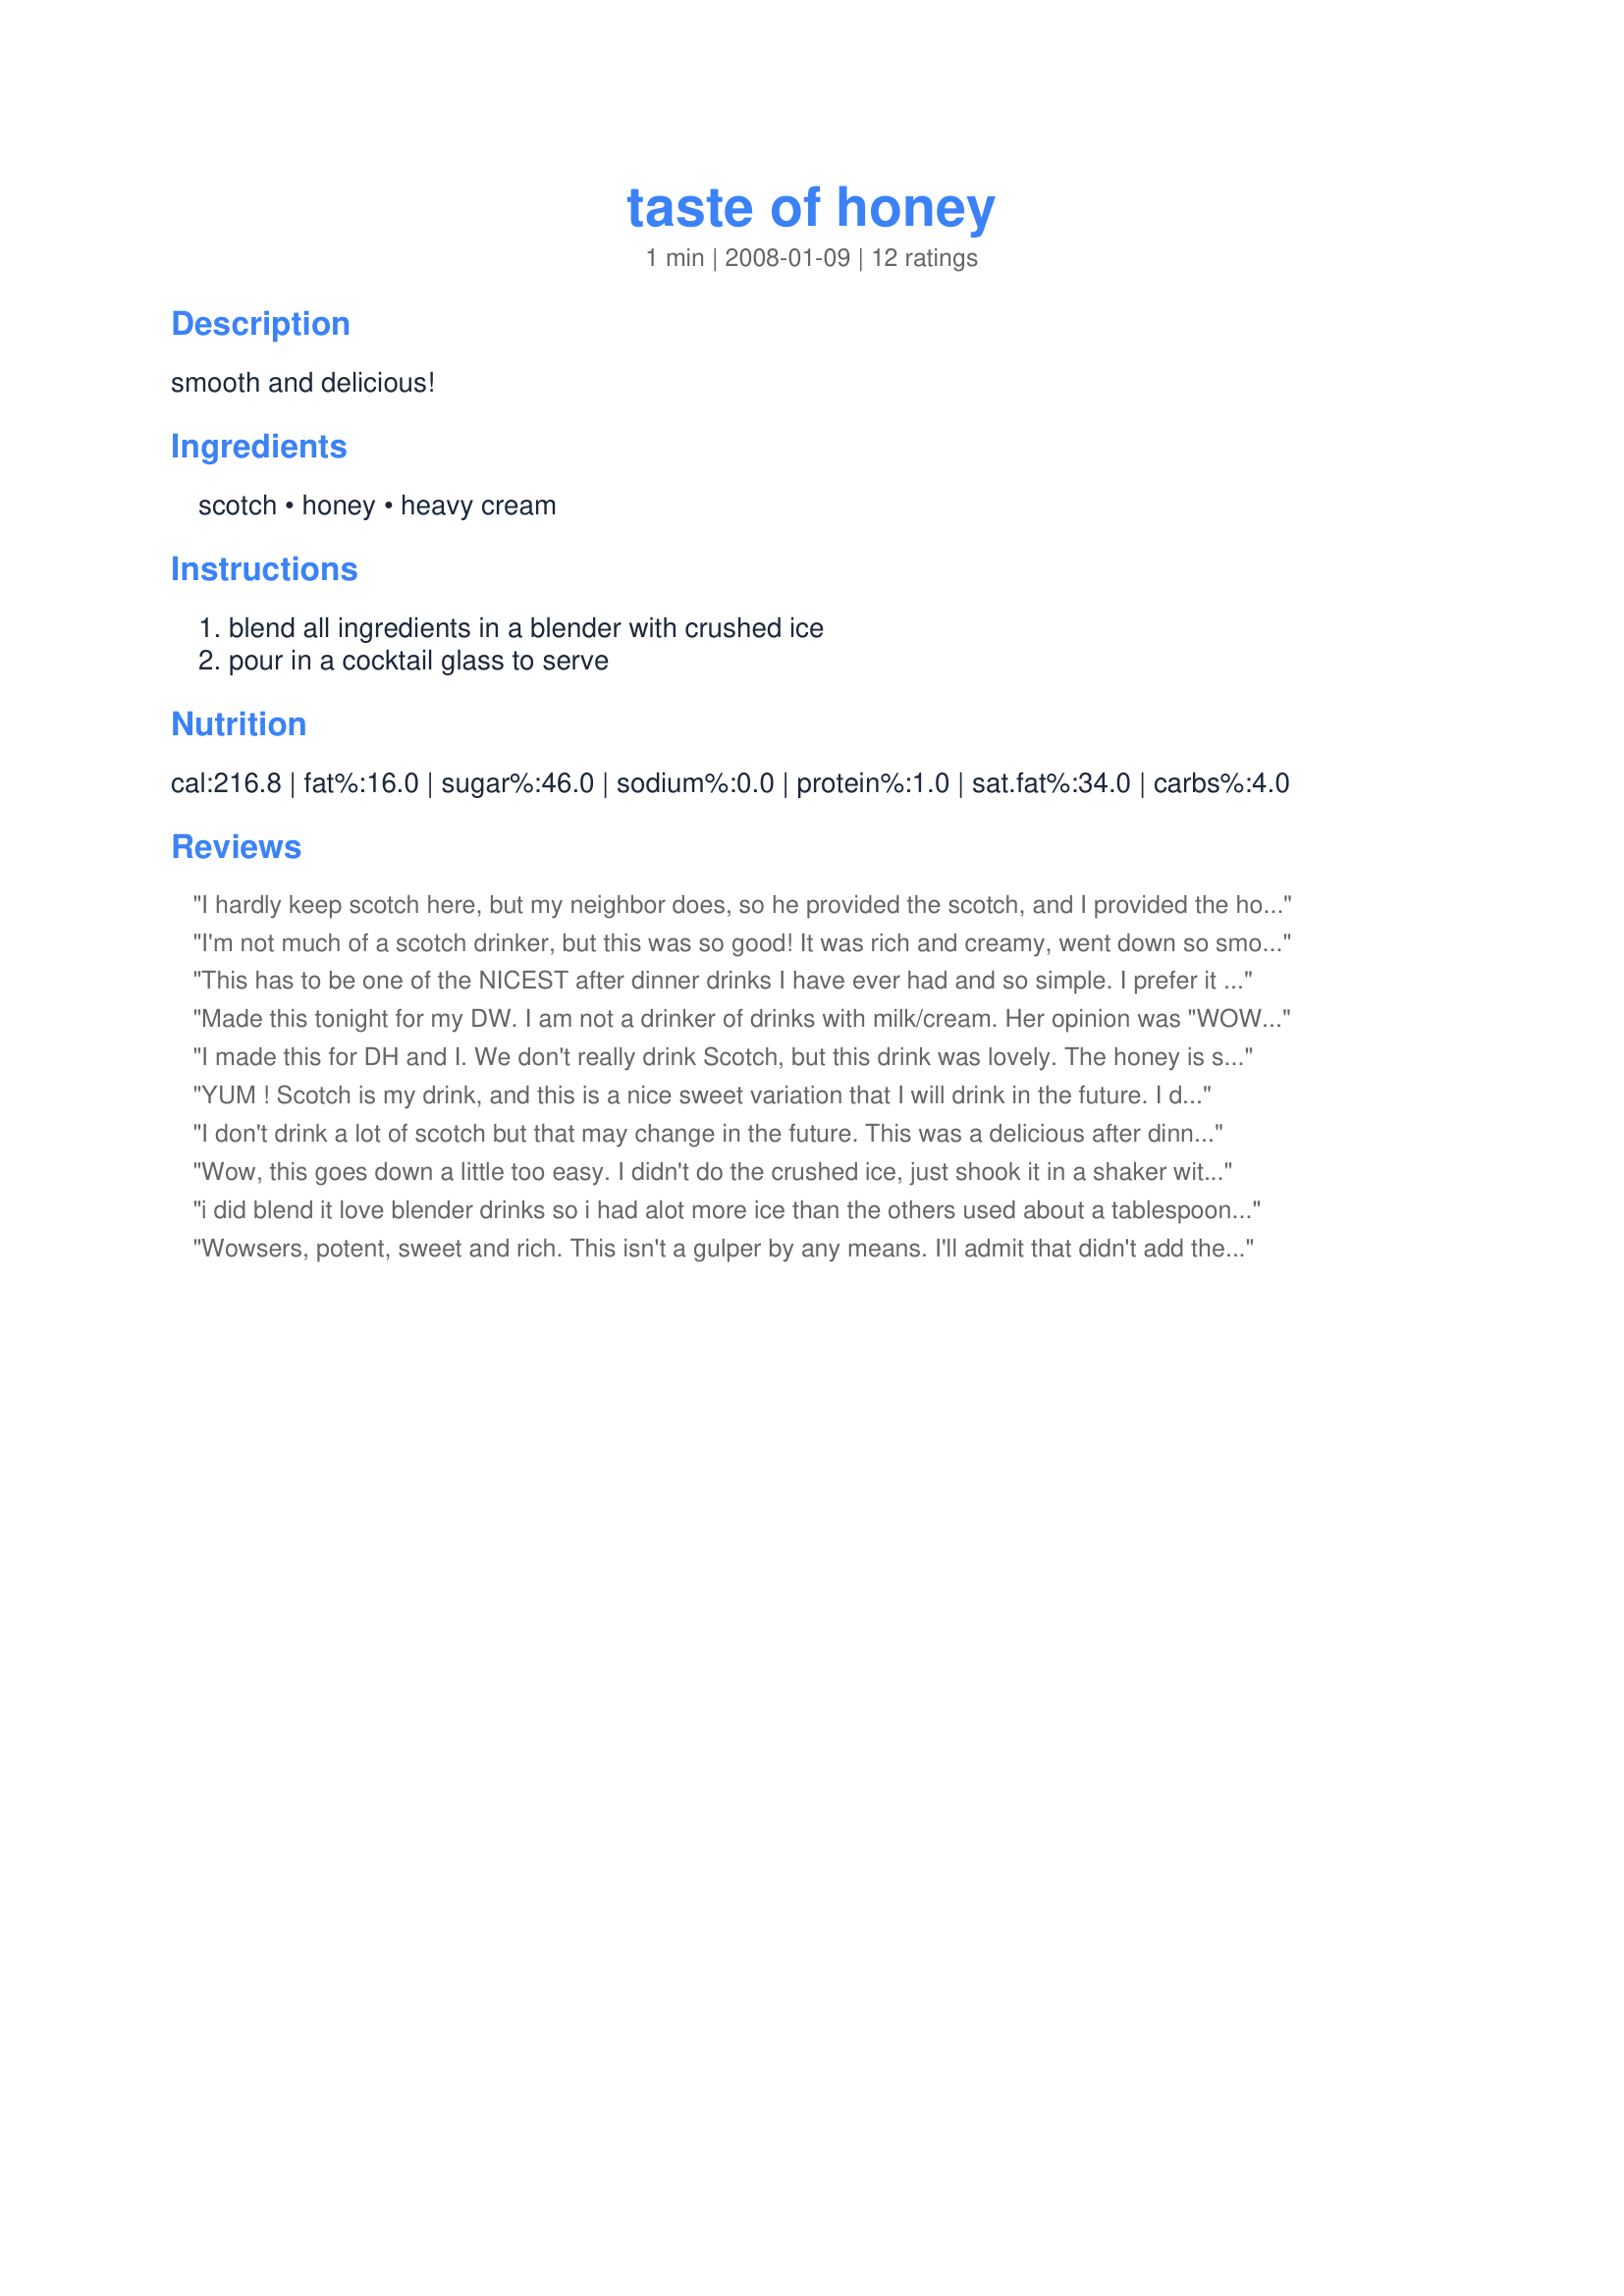
taste of honey
Preparation time: 1 minutes

smooth and delicious!

Ingredients:
scotch, honey, heavy cream

Steps:
blend all ingredients in a blender with crushed ice, pour in a cocktail glass to serve

Reviews:
I hardly keep scotch here, but my neighbor does, so he provided the scotch, and I provided the honey and low-fat milk. So I doubled the recipe for the two of us. Great soothing drink, as we both enjoyed, and even had a second one. Great mid day treat. Made for PRMR tag.
I'm not much of a scotch drinker, but this was so good! It was rich and creamy, went down so smoothly! Next time, might try with milk or half & half so I don't feel quite so guilty! Like several others, I used a cocktail shaker and strained it into an old-fashioned glass. Had no problem with the honey lumping, but I'm a pretty vigorous shaker. LOL! ZWT8 Team Om Nom Nommers
This has to be one of the NICEST after dinner drinks I have ever had and so simple. I prefer it to Baileys.
Made this tonight for my DW. I am not a drinker of drinks with milk/cream. Her opinion was "WOW this is really good." So that must mean this was a very good drink. Made for ZWT6 Voracious Vagabonds
I made this for DH and I. We don't really drink Scotch, but this drink was lovely. The honey is so mellow and it's so smooth. Thank you loof, we will have this again. Made for Swizzle Chicks and ZWT6.
YUM ! Scotch is my drink, and this is a nice sweet variation that I will drink in the future. I did have a bit of trouble with my honey...warm honey cold cream = lump of honey! I should have mixed the honey and scotch first before adding the cream and ice, but I got it to work out eventually. But ... note to self for the future. Thanks for posting loof - made for the ZWT 8 Pub Crawl in Great Britain Challenge and the Herbaceous Curvaceous Honeys.
I don't drink a lot of scotch but that may change in the future. This was a delicious after dinner drink. I used 2% milk and didn't miss the extra calories. I'll make this one again. Thanks for sharing. Made for ZWT #6 :)
Wow, this goes down a little too easy. I didn't do the crushed ice, just shook it in a shaker with ice and poured. Awesome drink! Made for ZWT6.
i did blend it love blender drinks so i had alot more ice than the others used about a tablespoon of scotch if that ,cause im a light weight blend the milk honey and hooch before adding ice cause the honey sticks to blender otherwise .all that being said this drink rocks loved it alot zaar world tour 8
Wowsers, potent, sweet and rich. This isn't a gulper by any means. I'll admit that didn't add the ice and blend (mainly because there wasn't enough room in the glass that I wanted to use) so I got more of a wallop than would be expected. Be sure to use your favorite Scotch here because your really going to taste it. This is wonderful for an after dinner linger. Made for Photo Tag.
WOW! This is delightful. I usually don't look for scotch drinks, but thought I'd try it with the honey and cream and boy is it nice! **Made for ZWT8 2012**
I've never been a scotch drinker, but I decided to be brave and try this one out. This was surprisingly good, and something I'll enjoy again. Made for ZWT8.
